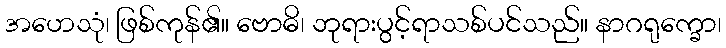
အဟေသုံ၊ ဖြစ်ကုန်၏။ ဗောဓိ၊ ဘုရားပွင့်ရာသစ်ပင်သည်။ နာဂရုက္ခော၊